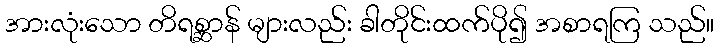
အားလုံးသော တိရစ္ဆာန် များလည်း ခါတိုင်းထက်ပို၍ အစာရကြ သည်။